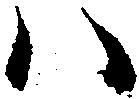
ハ